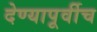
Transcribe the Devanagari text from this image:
देण्यापूर्वीच